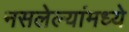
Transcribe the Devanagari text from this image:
नसलेल्यांमध्ये